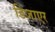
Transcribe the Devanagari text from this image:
डिजाएर